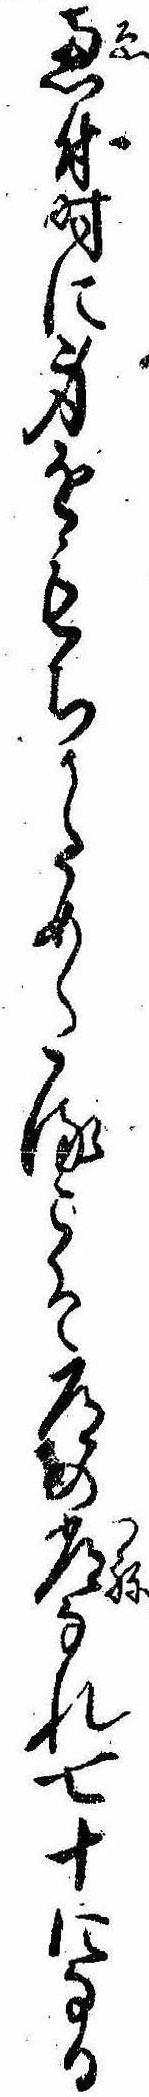
恵付時に身をもちかためたるこそ道の常なれ七十になる